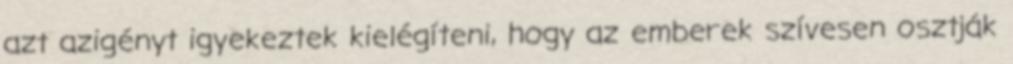
azt azigényt igyekeztek kielégíteni, hogy az emberek szívesen osztják